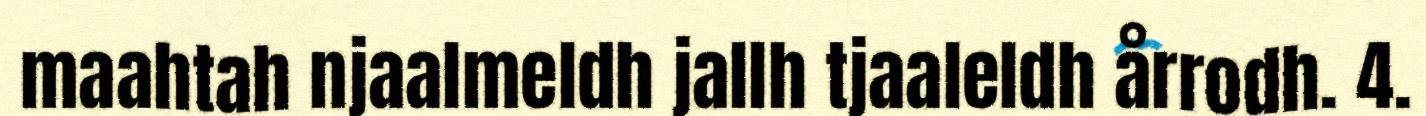
maahtah njaalmeldh jallh tjaaleldh årrodh. 4.